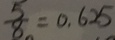
\frac { 5 } { 8 } = 0 . 6 2 5